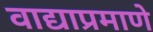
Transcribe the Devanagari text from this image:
वाद्याप्रमाणे